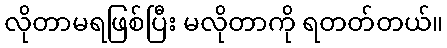
လိုတာမရဖြစ်ပြီး မလိုတာကို ရတတ်တယ်။